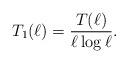
LaTeX: \begin{align*} T_1(\ell)=\frac{T(\ell)}{\ell \log \ell}.\end{align*}